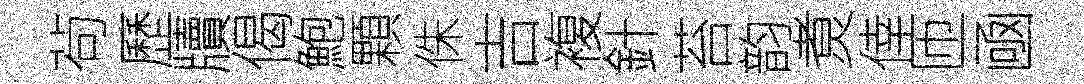
茍歷牘偈鮑顆侏吉複針苔韵煑倖匝凾